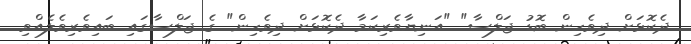
ދެކޮޅަށް ދިވެހިން ބޮޑު ޖަލްސާ" "އަނިޔާވެރިކަމާ ދެކޮޅަށް ދިވެހިން" ގެ ޖަލްސާގައި ބައިވެރިވެލެއްވި